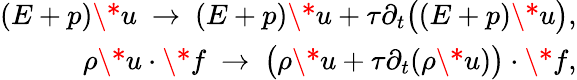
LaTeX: \begin{array}{r}{(E+p)\* u\ \rightarrow\ (E+p)\* u+\tau\partial_{t}\big((E+p)\* u\big),}\\ {\rho\* u\cdot\* f\ \rightarrow\ \big(\rho\* u+\tau\partial_{t}(\rho\* u)\big)\cdot\* f,}\end{array}